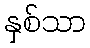
နှစ်သာ